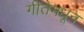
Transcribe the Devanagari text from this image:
गीतेमधून